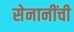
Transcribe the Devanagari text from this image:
सेनानींची